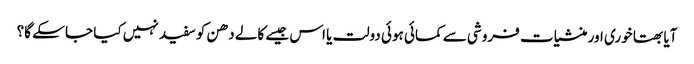
آیا بھتا خوری اور منشیات فروشی سے کمائی ہوئی دولت یا اس جیسے کالے دھن کو سفید نہیں کیا جا سکے گا؟